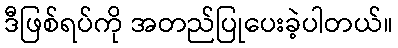
ဒီဖြစ်ရပ်ကို အတည်ပြုပေးခဲ့ပါတယ်။